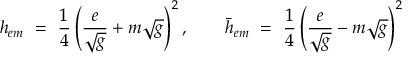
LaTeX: h _ { e m } ~ = ~ { \frac { 1 } { 4 } } \left( { \frac { e } { \sqrt { g } } } + m \sqrt { g } \right) ^ { 2 } , \qquad \bar { h } _ { e m } ~ = ~ { \frac { 1 } { 4 } } \left( { \frac { e } { \sqrt { g } } } - m \sqrt { g } \right) ^ { 2 }